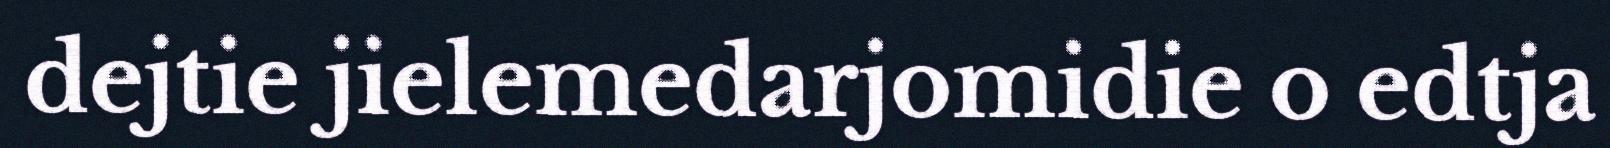
dejtie jielemedarjomidie o edtja